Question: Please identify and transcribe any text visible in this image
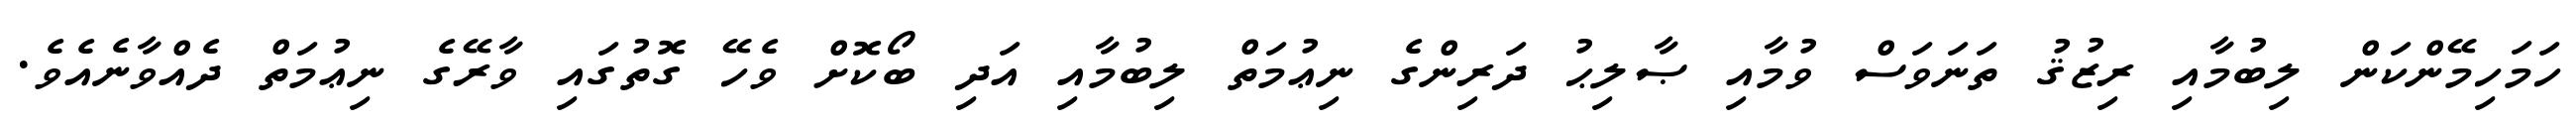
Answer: ހަމަހިމޭންކަން ލިބުމާއި ރިޒުޤު ތަނަވަސް ވުމާއި ޞާލިޙު ދަރިންގެ ނިޢުމަތް ލިބުމާއި އަދި ބޯކޮށް ވެހޭ ގޮތުގައި ވާރޭގެ ނިޢުމަތް ދެއްވާނެއެވެ.